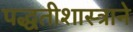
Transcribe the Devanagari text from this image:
पद्धतीशास्त्राने